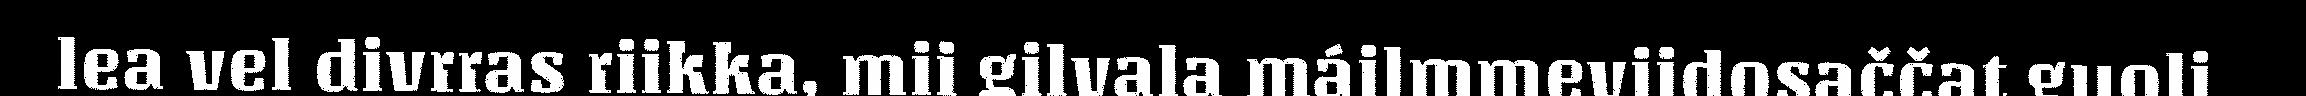
lea vel divrras riikka, mii gilvala máilmmeviidosaččat guoli